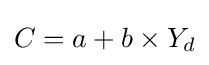
C=a+b\times Y_{d}